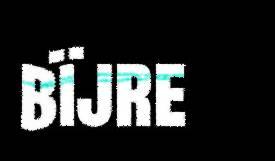
bïjre